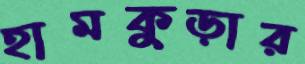
হামকুড়ার